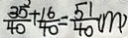
\frac { 3 5 } { 4 0 } + \frac { 1 6 } { 4 0 } = \frac { 5 1 } { 4 0 } ( m )